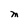
Character: M